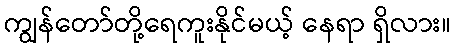
ကျွန်တော်တို့ရေကူးနိုင်မယ့် နေရာ ရှိလား။